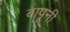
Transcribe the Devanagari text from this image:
बापूनी